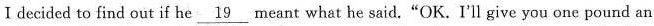
I decided to find out if he \underline{19} meant what he said.“OK. I'll give you one pound an